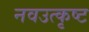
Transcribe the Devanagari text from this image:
नवउत्कृष्ट